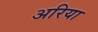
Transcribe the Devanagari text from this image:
अरिया